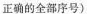
正确的全部序号)